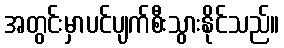
အတွင်းမှာပင်ပျက်စီးသွားနိုင်သည်။